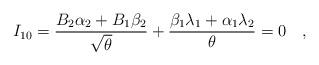
LaTeX: \begin{align*} I_{10} = {B_2\alpha_2+B_1\beta_2\over{\sqrt{\theta}}}+ {\beta_1\lambda_1+\alpha_1\lambda_2 \over{\theta}} = 0 \quad ,\end{align*}